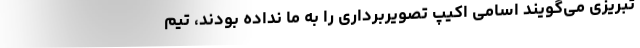
تبریزی می‌گویند اسامی اکیپ تصویربرداری را به ما نداده بودند، تیم